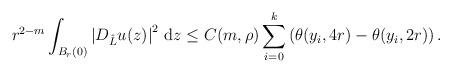
LaTeX: \begin{align*}r^{2-m} \int_{B_{r}(0)} \left| D_{\hat{L}}u(z) \right|^{2} \, \mathrm{d}z \leq C(m,\rho) \sum_{i=0}^{k} \left( \theta(y_i, 4r) - \theta(y_i, 2r) \right).\end{align*}